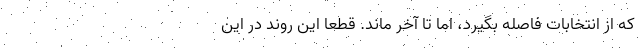
که از انتخابات فاصله بگیرد، اما تا آخر ماند. قطعا این روند در این